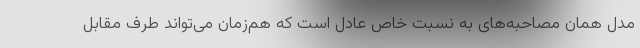
مدل همان مصاحبه‌های به نسبت خاص عادل است که هم‌زمان می‌تواند طرف مقابل